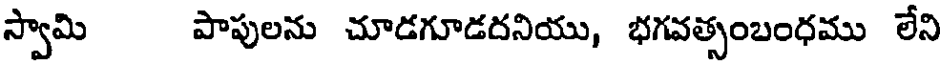
స్వామి పాపులను చూడగూడదనియు, భగవత్సంబంధము లేని